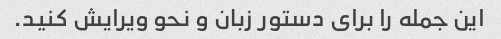
این جمله را برای دستور زبان و نحو ویرایش کنید.